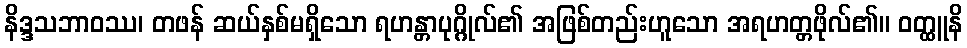
နိဒ္ဒသဘာဝဿ၊ တဖန် ဆယ်နှစ်မရှိသော ရဟန္တာပုဂ္ဂိုလ်၏ အဖြစ်တည်းဟူသော အရဟတ္တဖိုလ်၏။ ဝတ္ထူနိ